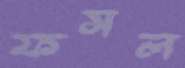
ফসল